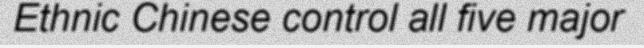
Ethnic Chinese control all five major